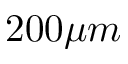
2 0 0 \mu m